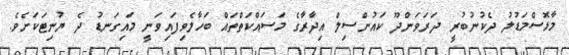
މާޅޮސްމަޑުލު ދެކުނުބުރީ ދަރަވަންދޫ ކައުންސިލް އިދާރާގެ މަސައްކަތްތައް ބަހާލެވިފައިވަނީ މައިގަނޑު ދެ ޔުނިޓަކަށެވެ.